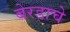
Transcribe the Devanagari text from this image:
बेरडाचे